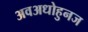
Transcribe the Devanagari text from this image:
अवअधोहुनज